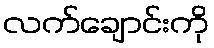
လက်ချောင်းကို